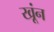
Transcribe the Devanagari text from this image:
खूंन